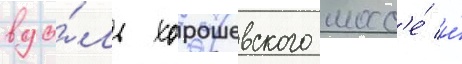
вдо́ль хорошевского шосс'е́ и́